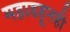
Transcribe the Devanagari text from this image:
महाडहूनही